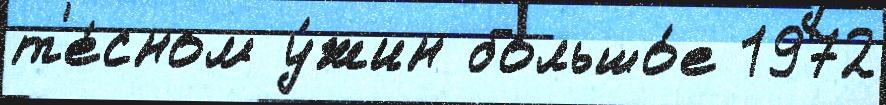
т'е́сном у́жин большо́е 1972